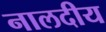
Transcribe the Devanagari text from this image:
नालदीय